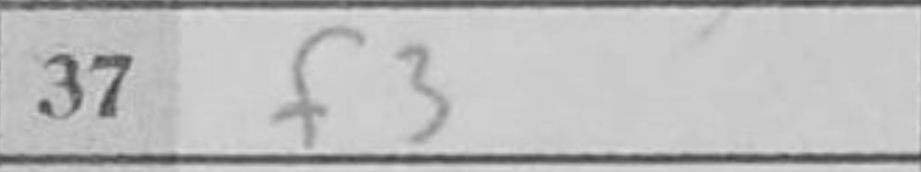
Transcription: f3